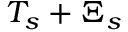
T _ { s } + \Xi _ { s }